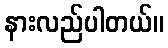
နားလည်ပါတယ်။